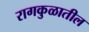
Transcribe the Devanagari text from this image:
रागकुळातील